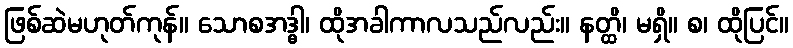
ဖြစ်ဆဲမဟုတ်ကုန်။ သောစအဒ္ဓါ၊ ထိုအခါကာလသည်လည်း။ နတ္ထိ၊ မရှိ။ စ၊ ထိုပြင်။